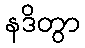
နဒိတွာ